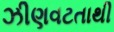
ઝીણવટતાથી